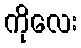
ကိုလေး